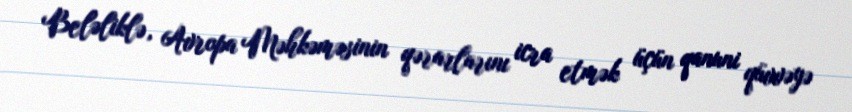
Beləliklə, Avropa Məhkəməsinin qərarlarını icra etmək üçün qanuni qüvvəyə